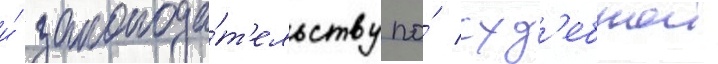
и́ законода́т'ельству по́ суд'ебнои